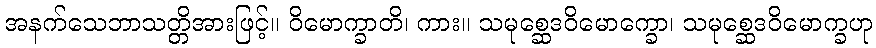
အနက်သေဘာသတ္တိအားဖြင့်။ ဝိမောက္ခာတိ၊ ကား။ သမုစ္ဆေဒဝိမောက္ခော၊ သမုစ္ဆေဒဝိမောက္ခဟု